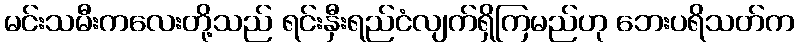
မင်းသမီးကလေးတို့သည် ရင်းနှီးရည်ငံလျက်ရှိကြမည်ဟု ဘေးပရိသတ်က